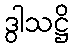
ဒွါသဋ္ဌိ